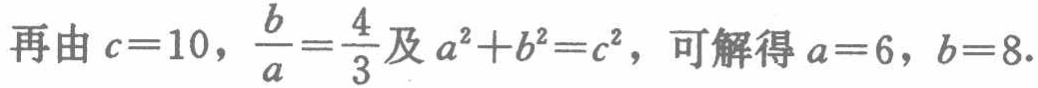
再由\(c = 10\)，\(\frac{b}{a}=\frac{4}{3}\)及\(a^{2}+b^{2}=c^{2}\)，可解得\(a = 6\)，\(b = 8\)。